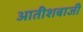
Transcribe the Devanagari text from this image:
आतीशबाजी